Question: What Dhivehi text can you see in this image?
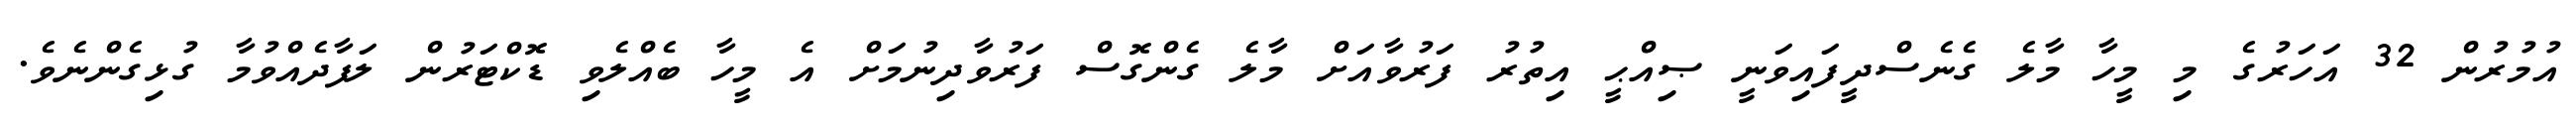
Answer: އުމުރުން 32 އަހަރުގެ މި މީހާ މާލެ ގެނެސްދީފައިވަނީ ޞިއްޙީ އިތުރު ފަރުވާއަށް މާލެ ގެންގޮސް ފަރުވާދިނުމަށް އެ މީހާ ބެއްލެވި ޑޮކްޓަރުން ލަފާދެއްވުމާ ގުޅިގެންނެވެ.